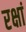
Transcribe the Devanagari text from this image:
रक्षां